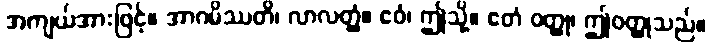
အကျယ်အားဖြင့်။ အာဂမိဿတိ၊ လာလတ္တံ့။ ဧဝံ၊ ဤသို့။ ဧတံ ဝတ္ထု၊ ဤဝတ္ထုသည်။